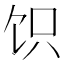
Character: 𬲬